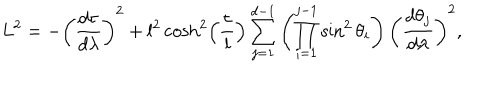
L ^ { 2 } = - \left( \frac { d \tau } { d \lambda } \right) ^ { 2 } + l ^ { 2 } \cosh ^ { 2 } \left( \frac { \tau } { l } \right) \sum _ { j = 1 } ^ { d - 1 } \left( \prod _ { i = 1 } ^ { j - 1 } \sin ^ { 2 } \theta _ { i } \right) \left( \frac { d \theta _ { j } } { d \lambda } \right) ^ { 2 } ,